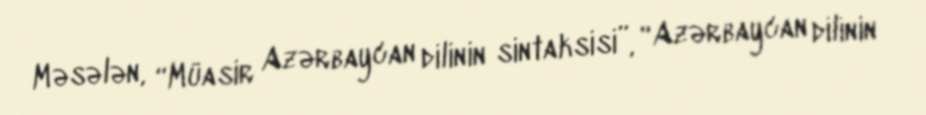
Məsələn, “Müasir Azərbaycan dilinin sintaksisi”, “Azərbaycan dilinin